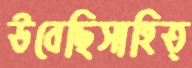
উবেছিসাহিত্